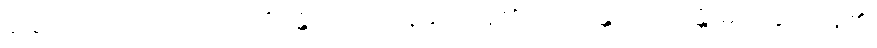
ရှိခြင်းကြောင့်သာ။ {၀၇} တိဋ္ဌန္တိ၊ တည်တန့်နိုင်ကုန်၏။ ယပေန္တိ ယာပေန္တိ၊ မျှတနိုင်ကုန်၏၊